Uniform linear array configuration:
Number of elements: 12
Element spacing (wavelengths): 1
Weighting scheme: exponential
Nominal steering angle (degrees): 60
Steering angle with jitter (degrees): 60.537
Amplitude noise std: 0.05
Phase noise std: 0.05

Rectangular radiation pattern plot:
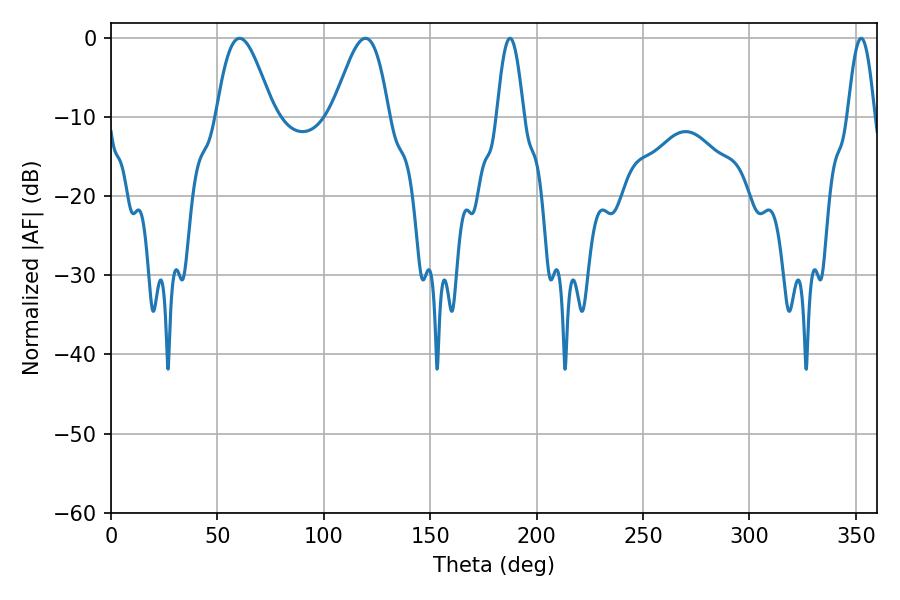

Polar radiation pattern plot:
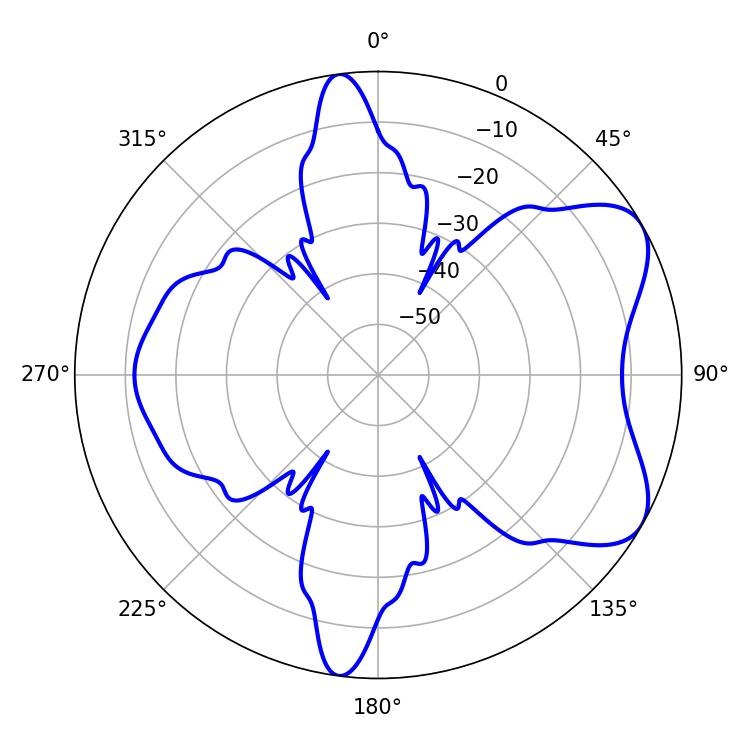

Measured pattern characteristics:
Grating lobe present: TRUE
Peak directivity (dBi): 6.567
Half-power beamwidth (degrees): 14.04
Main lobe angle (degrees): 60.48